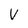
Character: V